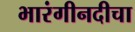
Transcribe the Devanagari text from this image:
भारंगीनदीचा